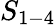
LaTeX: S_{1-4}